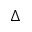
\Delta